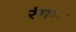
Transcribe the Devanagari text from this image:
रंगम